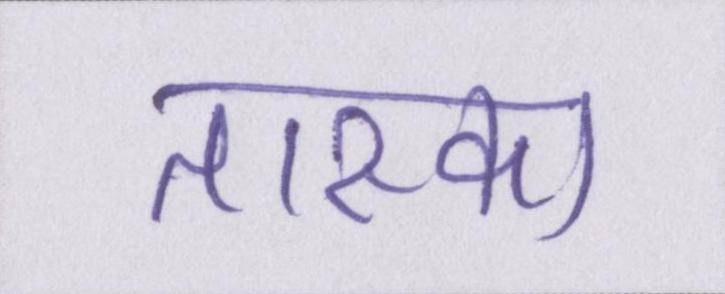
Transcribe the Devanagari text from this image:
तास्का